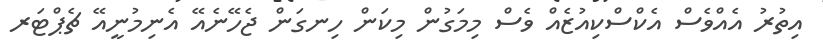
އިތުރު އެއްވެސް އެކްސްކިއުޒެއް ވެސް މިމަގުން މިކަން ހިނގަން ޖެހޭނެއޭ އެނިމުނީއޭ ޗެޕްޓަރ